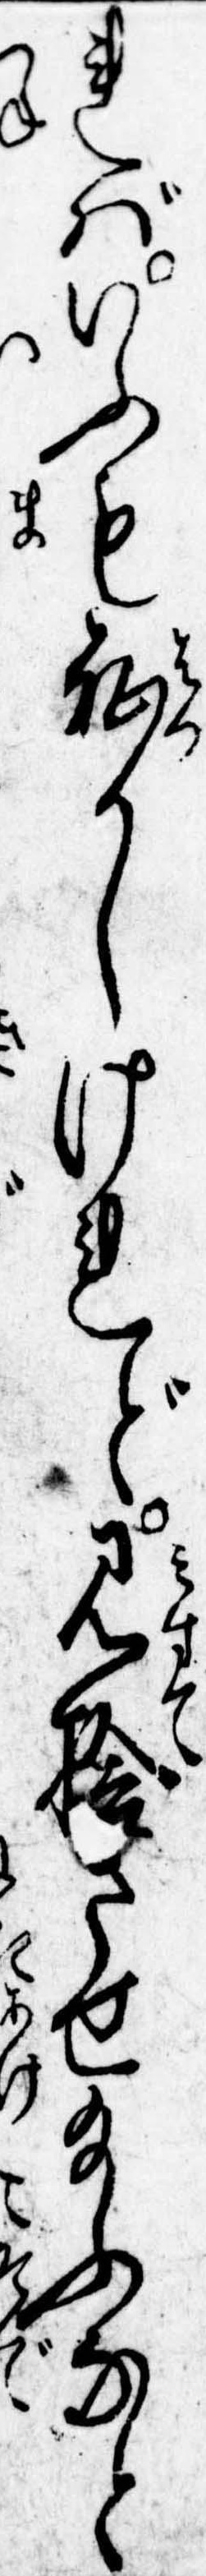
ればいふも恥かしけれど見捨させ給ふなと